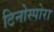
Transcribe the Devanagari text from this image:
टिनोस्पोरा